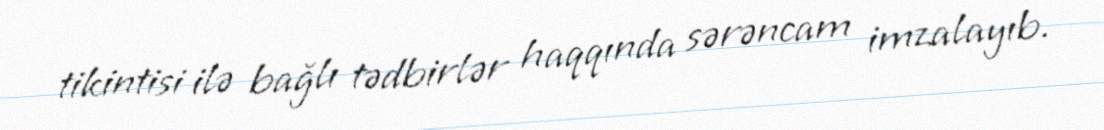
tikintisi ilə bağlı tədbirlər haqqında sərəncam imzalayıb.